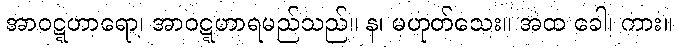
အာဝဋ္ဋဟာရော၊ အာဝဋ္ဋဟာရမည်သည်။ န၊ မဟုတ်သေး။ အထ ခေါ၊ ကား။